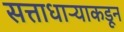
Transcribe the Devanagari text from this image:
सत्ताधाऱ्याकडून